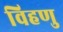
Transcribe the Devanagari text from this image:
विहणु